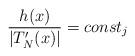
LaTeX: \begin{align*} \frac{h(x)}{|T_{N}'(x)|}=const_{j}\end{align*}